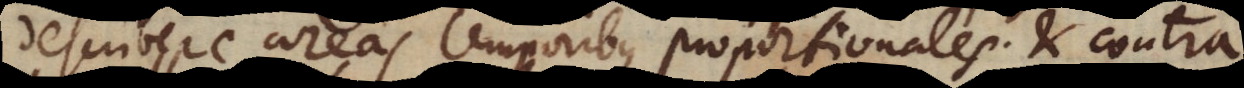
describere areas temporibus proportionales; et contra.